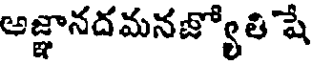
అజ్ఞానదమనజ్యోతి షే